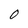
Character: 0